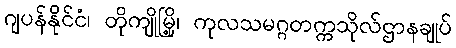
ဂျပန်နိုင်ငံ၊ တိုကျိုမြို့၊ ကုလသမဂ္ဂတက္ကသိုလ်ဌာနချုပ်